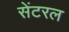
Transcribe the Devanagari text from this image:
सेंटरल